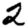
Digit: 2